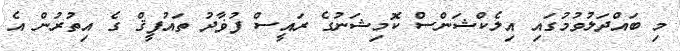
މި ބައްދަލުވުމުގައި އިލެކްޝަންސް ކޮމިޝަނުގެ ރައީސް ފުޥާދު ތައުފީޤް ގެ އިތުރުން އެ